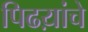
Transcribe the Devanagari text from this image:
पिढय़ांचे